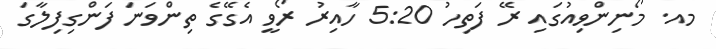
މއ. މޯނިންވިއުގައި ރޭ ފަތިހު 5:20 ހާއިރު ރޯވީ އެގޭގެ ތިންވަނަ ފަންގިފިލާގަ